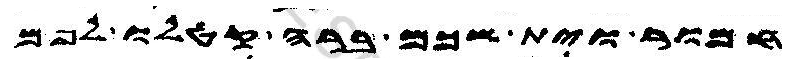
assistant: חמור וית שכם ברה קטלו לפם